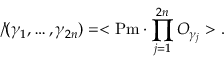
\backslash \! \! \! \slash ( \gamma _ { 1 } , \ldots , \gamma _ { 2 n } ) = < \mathrm { P m } \cdot \prod _ { j = 1 } ^ { 2 n } { \cal O } _ { \gamma _ { j } } > .